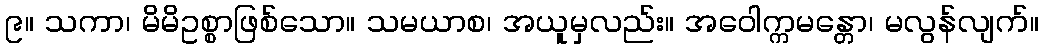
၉။ သကာ၊ မိမိဥစ္စာဖြစ်သော။ သမယာစ၊ အယူမှလည်း။ အဝေါက္ကမန္တော၊ မလွန်လျက်။